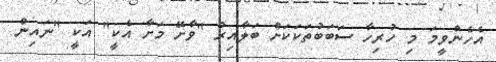
އެހެންވީމަ މި ހުރިހާ ސަބަބުތަކަކަށް ބަލާއިރު "ވާށޭ މަށާ އެކީ" އަކީ "ނައިން